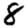
Digit: 8